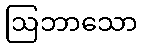
ဩဘာသော